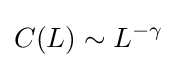
C(L)\sim L^{-\gamma }\!\